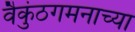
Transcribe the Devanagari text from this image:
वैकुंठगमनाच्या